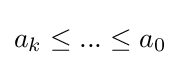
a_{k}\leq ...\leq a_{0}